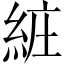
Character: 𦀐